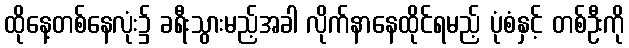
ထိုနေ့တစ်နေလုံး၌ ခရီးသွားမည့်အခါ လိုက်နာနေထိုင်ရမည့် ပုံစံနှင့် တစ်ဦးကို